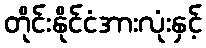
တိုင်းနိုင်ငံအားလုံးနှင့်